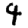
Digit: 4